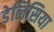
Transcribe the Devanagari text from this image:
डेलिसिया